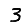
Digit: 3